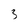
Character: 3